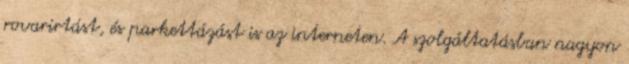
rovarirtást, és parkettázást is az interneten. A szolgáltatásban nagyon